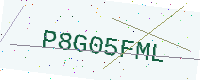
Text: P8G05FML